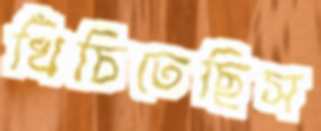
খিঁচিতেছিস